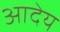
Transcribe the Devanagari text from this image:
आदेय